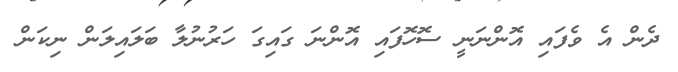
ދެން އެ ވެފައި އޮންނަނީ ސޮހޮފައި އޮންނަ ގައިގަ ހަރުނުލާ ބަލައިލަން ނިކަން